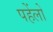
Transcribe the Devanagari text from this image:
पहेंलो